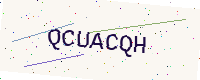
Text: QCUACQH